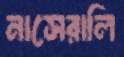
নাসেরালি